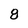
Character: 8